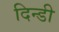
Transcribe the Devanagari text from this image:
दिन्डी